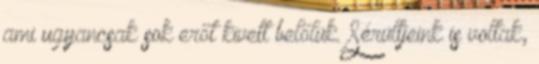
ami ugyancsak sok erőt kivett belőlük. Sérültjeink is voltak,